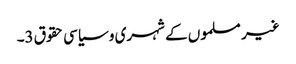
غیر مسلموں کے شہری و سیاسی حقوق 3۔